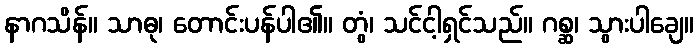
နာဂသိန်။ သာဓု၊ တောင်းပန်ပါ၏။ တွံ၊ သင်ငါ့ရှင်သည်။ ဂစ္ဆ၊ သွားပါချေ။